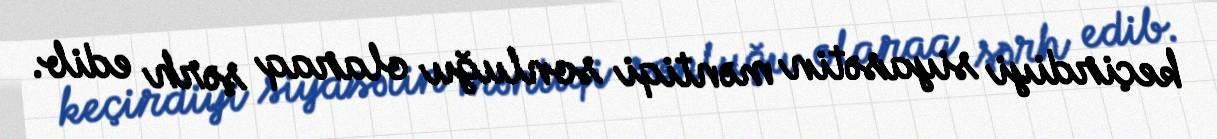
keçirdiyi siyasətin məntiqi sonluğu olaraq şərh edib.